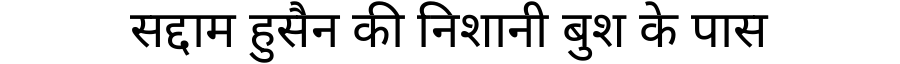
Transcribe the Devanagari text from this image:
सद्दाम हुसैन की निशानी बुश के पास